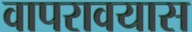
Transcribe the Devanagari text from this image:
वापरावयास